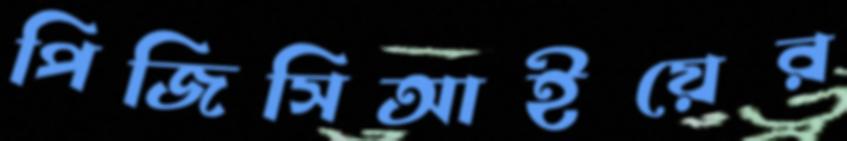
পিজিসিআইয়ের